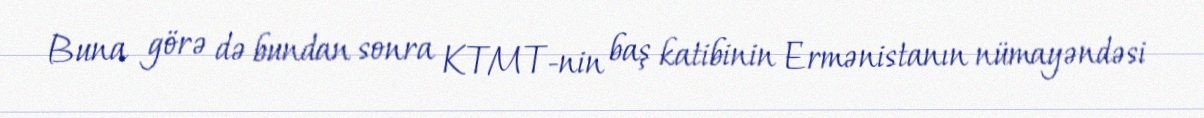
Buna görə də bundan sonra KTMT-nin baş katibinin Ermənistanın nümayəndəsi